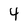
Character: 4